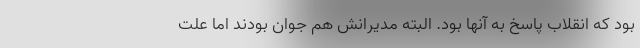
بود که انقلاب پاسخ به آنها بود. البته مدیرانش هم جوان بودند اما علت